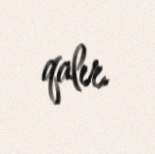
qalır.